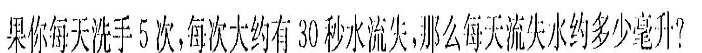
果你每天洗手5次，每天大约有30秒水流失，那么每天流失水约多少毫升？